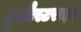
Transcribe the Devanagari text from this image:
डुस्टैस्टराइड